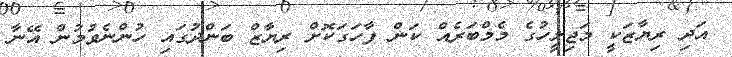
އަދި ރިޔާޒަކީ މަޖިލީހުގެ މެމްބަރެއް ކަން ފާހަގަކޮށް ރިޔާޒް ބަންދުގައި ހުންނެވުމުން އޭނާ